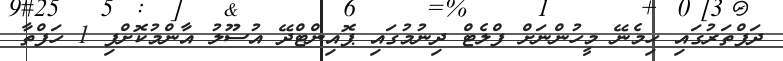
ދަފްތަރުގައި ހިމެނޭ މީހުންނަށް ފްލެޓް ދިނުމުގައި ޕޮއިންޓްދޭ އުސޫލު އާންމުކޮށްފި 1 ހަފްތާ